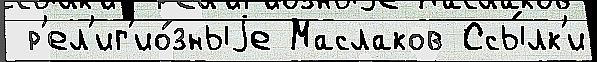
 р'ел'иг'ио́зныjе Маслаков Ссы́лк'и